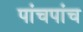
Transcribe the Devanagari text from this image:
पांचपांच